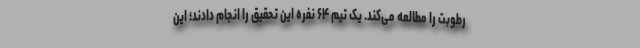
رطوبت را مطالعه می‌کند. یک تیم ۶۴ نفره این تحقیق را انجام دادند؛ این